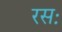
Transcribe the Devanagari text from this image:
रसः